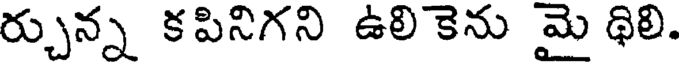
ర్చున్న కపినిగని ఉలి కెను మై థిలి.